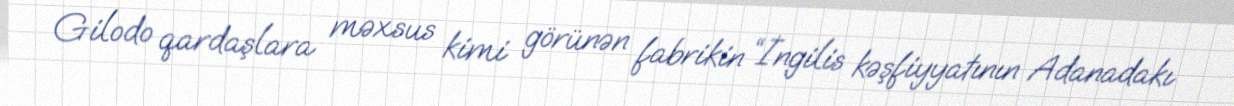
Gilodo qardaşlara məxsus kimi görünən fabrikin “İngilis kəşfiyyatının Adanadakı